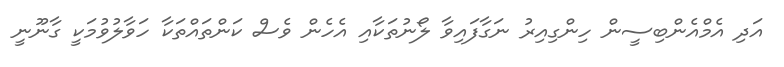
އަދި އެމްއެންބިސީން ހިންގިއިރު ނަގާފައިވާ ލޯނުތަކާއި އެހެން ވެސް ކަންތައްތަކާ ހަވާލުވުމަކީ ގާނޫނީ